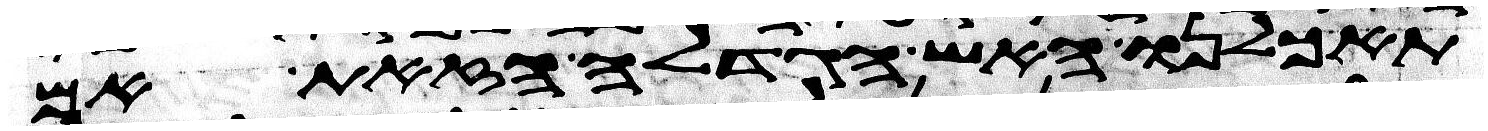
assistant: תאכלנו האש הגדלה הזאת אם